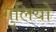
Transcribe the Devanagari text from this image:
गुलियो